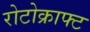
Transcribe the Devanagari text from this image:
रोटोक्राफ्ट